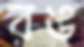
রঙ